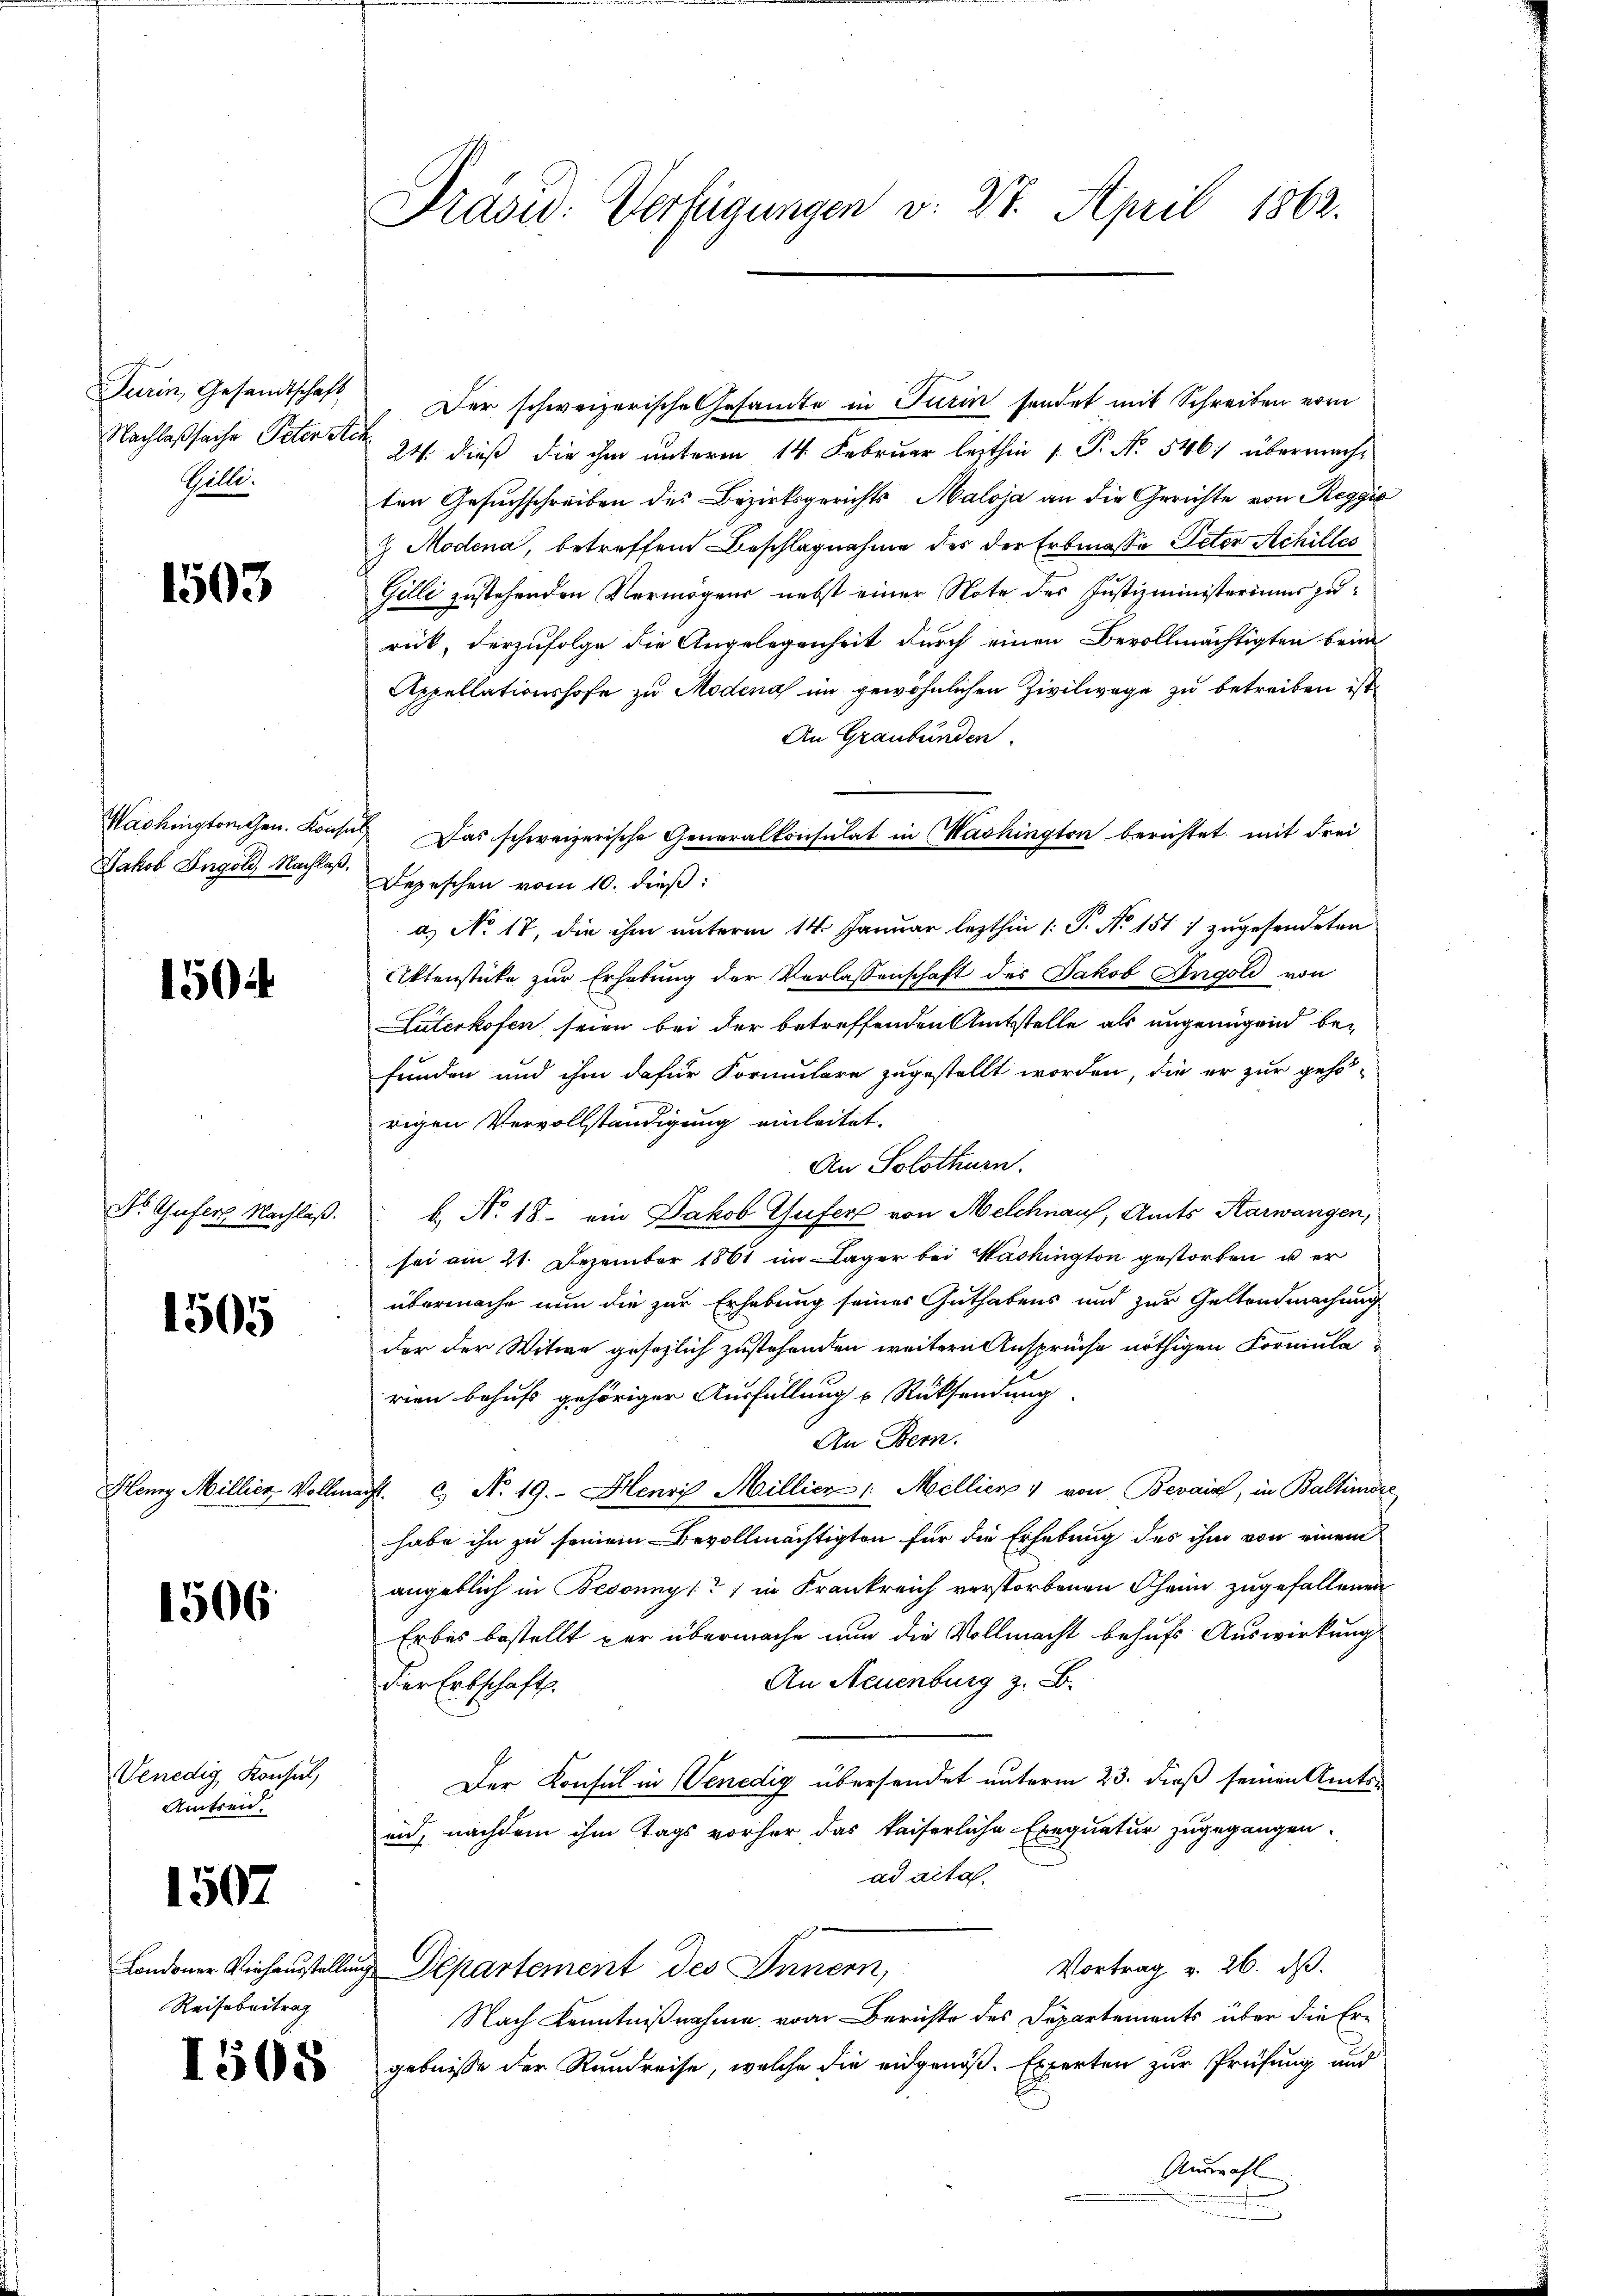
Turin, Gesandtschaft
Nachlaßsache Peterste
Helle.

1503

Washingtonten. Konsin
Jakob Ingold Nachlaß.

1504

St. Gufers Nachlaß.

1505

Heng Millier Volle

1506

Venedig Konsul,
Amtreid.

1507

Londoner Verhausstellungs
Reise beitrag

1508

Präsid. Verfügungen v. 27. April 1862.

Der schweizerische Gesandte in Turin sendet mit Schreiben vom
24. dieß die ihm unterm 14. Februar lezthin 1. P. Nr. 5461 übermacht
ten Gesuchschreiben des Bezirksgerichts Maloja an die Gerichte von Reggić
& Modena, betreffend Beschlagnahme der der Erbmasse Peter Achilles
Gilli zustehenden Vermögens nebst einer Note des Justizministeriums zurück, derzufolge die Angelegenheit durch einen Bevollmächtigten beim
Appellationshofe zu Modena im gewöhnlichen Zivilwage zu betreiben ist.
An Graubünden.
Depeschen vom 10. dieß:
a.) No 18, die ihm unterm 14. Januar lezthin 1: P. Nr. 1517 zugesendeten
Aktenstücke zur Erhebung der Verlassenschaft des Jakob Angold von
Lüterkofen seien bei der betreffenden Amtsstelle als ungenügend befunden und ihm dafür Formulare zugestellt worden, die er zur gehö-
rigen Vervollständigung einleitet.
An Solothurn.
b. No. 18. ein Jakob Gufer von Melchnauf, Amts Karwangen,
sei am 21. Dezember 1861 im Lager bei Washington gestorben u er
übermache nun die zur Erhebung seines Guthabens und zur Geltendmachung
der der Witwe gesezlich zustehenden weitern Ansprüche nöthigen Formula
rien behufs gehöriger Ausfüllung u Rücksendung
An Bern.
4. c. No 19. Henri Millier /: Mellier & von Bevair, in Baltimier
habe ihn zu seinem Bevollmächtigten für die Erhebung des ihm von einem
angeblich in Besonnys?) in Krankreich verstorbenen Theim zugefallenen
Erbes bestellt par übermache nun die Vollmacht behufs Auswirkung
An Neuenburg z. B.
der Erbschaft.
Der Konsul in Venedig übersendet unterm 23. dieß seinen Amtsend, nachdem ihm tags vorher das kaiserliche Exequatur zugegangen.
adaital.
Vortrag v. 26. ds.
Departement des Innern,
Nach Kenntnißnahme vom Berichte des Departements über die Ergebniße der Rundreise, welche die eidgenöß. Experten zur Prüfung und
Auswahl

Das schweizerische Generalkonsulat in Washington berichtet mit Frei